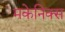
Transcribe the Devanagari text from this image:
मकेनिक्स